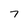
Character: 7